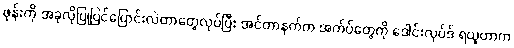
ဖုန်းကို အခုလိုပြုပြင်ပြောင်းလဲတာတွေလုပ်ပြီး အင်တာနက်က အက်ပ်တွေကို ဒေါင်းလုပ်ဒ် ရယူတာက